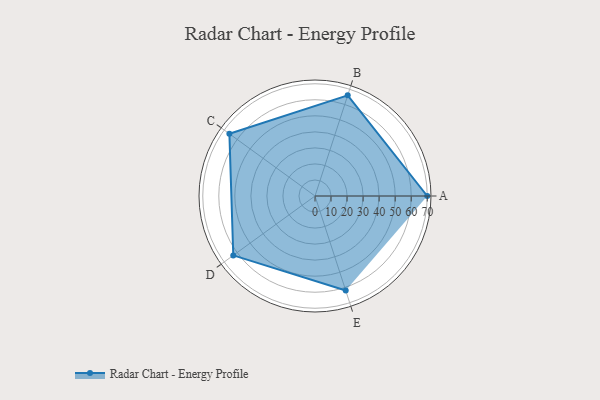
{"axis": {"x": "Skill", "y": "Score"}, "legend": ["Profile"], "data": [{"x": "A", "y": 70.0, "type": "Profile"}, {"x": "B", "y": 66.0, "type": "Profile"}, {"x": "C", "y": 66.0, "type": "Profile"}, {"x": "D", "y": 63.0, "type": "Profile"}, {"x": "E", "y": 62.0, "type": "Profile"}]}